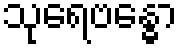
သုရေဗန္ဓော